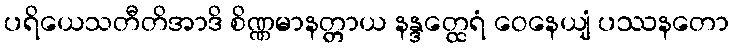
ပရိယေသတီတိအာဒိ စိဏ္ဏမာနတ္တာယ နန္ဒတ္ထေရံ ဝေနေယျံ ပဿနတော